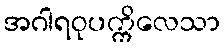
အဂါရဝုပက္ကိလေသာ